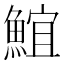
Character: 𩸨